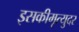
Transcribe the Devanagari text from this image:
इसकीमृत्युदर